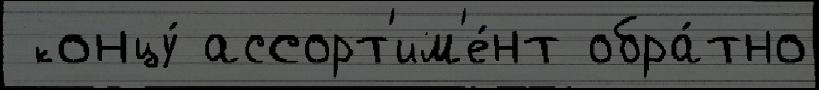
 концу́ ассорт'им'е́нт обра́тно